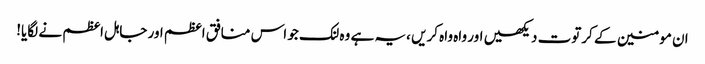
ان مومنین کے کرتوت دیکھیں اور واہ واہ کریں ،یہ ہے وہ لنک جو اس منافق اعظم اور جاہل اعظم نے لگایا!